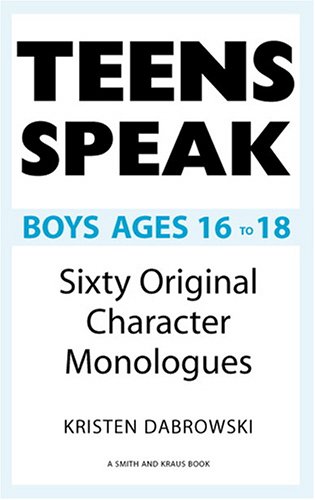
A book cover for Teens Speak Boys Ages 16 To 18: Sixty Original Character Monologues (Kids Speak); Kristen Dabrowski; Teen & Young Adult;